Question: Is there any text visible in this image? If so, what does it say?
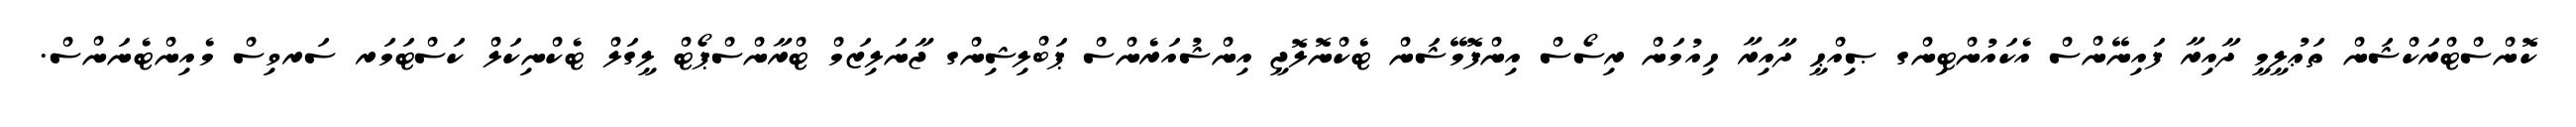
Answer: ކޮންސްޓްރަކްޝަން ތަޢުލީމީ ދާއިރާ ފައިނޭންސް އެކައުންޓިންގ ޞިއްޙީ ދާއިރާ ހިއުމަން ރިސޯސް އިންފޮމޭޝަން ޓެކްނޮލޮޖީ އިންޝުއަރެންސް ޕަބްލިޝިންގ ޖާނަލިޒަމް ޓްރާންސްޕޯޓް ލީގަލް ޓެކްނިކަލް ކަސްޓަމަރ ސަރވިސް މެއިންޓެނަންސް.